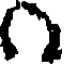
(